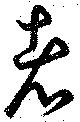
者